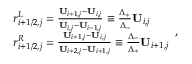
\begin{array} { r l } & { r _ { i + 1 / 2 , j } ^ { L } = \frac { \mathbf { U } _ { i + 1 , j } - \mathbf { U } _ { i , j } } { \mathbf { U } _ { i , j } - \mathbf { U } _ { i - 1 , j } } \equiv \frac { \Delta _ { + } } { \Delta _ { - } } \mathbf { U } _ { i , j } } \\ & { r _ { i + 1 / 2 , j } ^ { R } = \frac { \mathbf { U } _ { i + 1 , j } - \mathbf { U } _ { i , j } } { \mathbf { U } _ { i + 2 , j } - \mathbf { U } _ { i + 1 , j } } \equiv \frac { \Delta _ { - } } { \Delta _ { + } } \mathbf { U } _ { i + 1 , j } } \end{array} ,